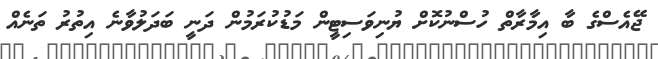
ޖޭއެސްގެ ބާ އިމާރާތް ހުސްނުކޮށް ޔުނިވަސިޓީން މަޑުކުރަމުން ދަނީ ބަދަލުވާނެ އިތުރު ތަނެއް